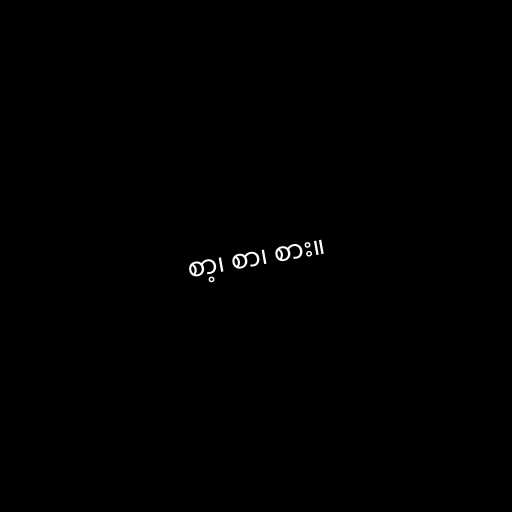
စာ့၊ စာ၊ စား။